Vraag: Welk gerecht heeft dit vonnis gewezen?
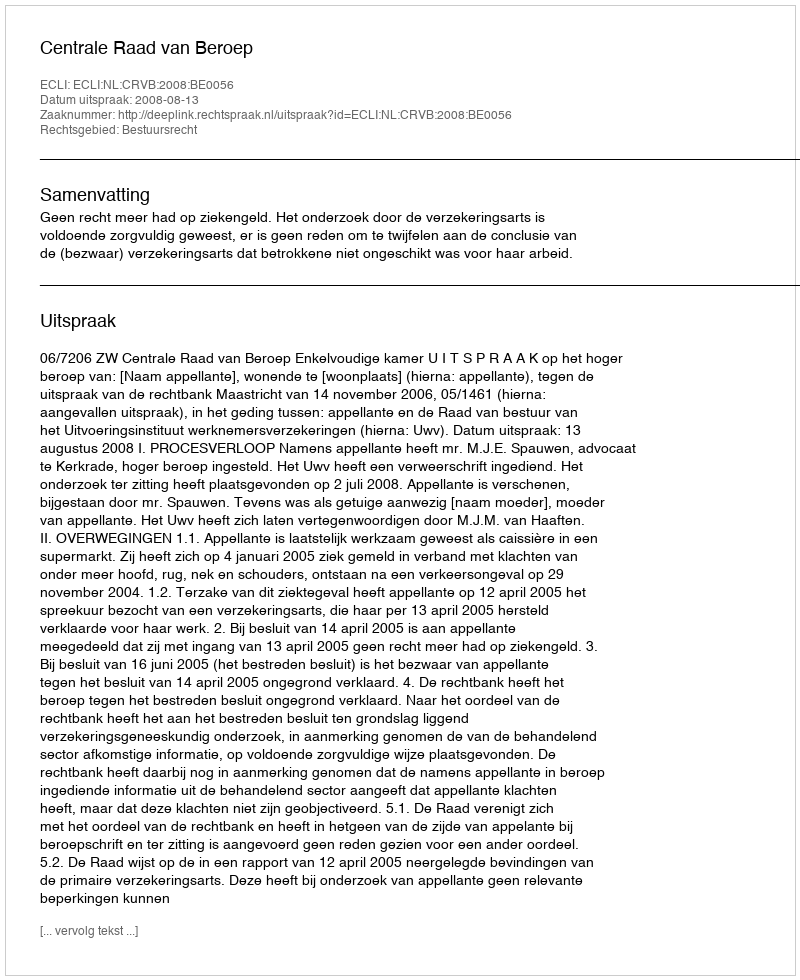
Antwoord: Centrale Raad van Beroep